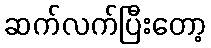
ဆက်လက်ပြီးတော့